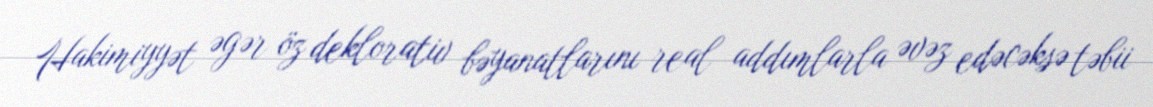
Hakimiyyət əgər öz deklorativ bəyanatlarını real addımlarla əvəz edəcəksə təbii